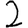
Digit: 2